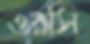
ওরসি